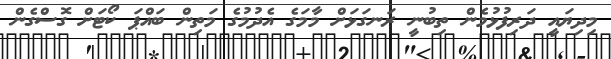
މިދިޔައީ ދަރިފުޅުމެން ތިބުނީ ރަނގަޅަށް މާމަގެ އެދުމުގެ މަތިން ބައްޕަ ކޯޓަށް ގޮސްގެން